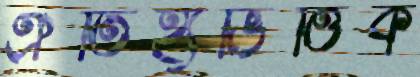
ঐতিহ্যভিত্তিক